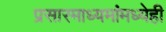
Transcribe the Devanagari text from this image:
प्रसारमाध्यमांमध्येही